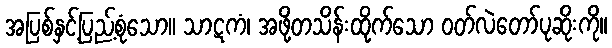
အပြစ်နှင့်ပြည့်စုံသော။ သာဋကံ၊ အဖို့တသိန်းထိုက်သော ဝတ်လဲတော်ပုဆိုးကို။